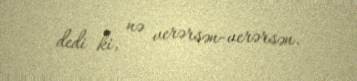
dedi ki, nə verərsən-verərsən.